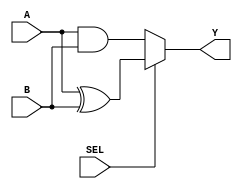
// fn_mux
`timescale 1ns/10ps

module fn_mux(A, B, SEL, Y);
input A, B, SEL;
output Y;

assign Y = SEL?A^B:A&B;
endmodule

// ---------testbench of fn_mux---------

module fn_mux_tb;
reg aa,bb,sel;
wire yy;

fn_mux fn_mux(.A(aa), .B(bb), .SEL(sel), .Y(yy));

initial begin
		
				aa<=0;bb<=1;sel<=0;
		#10     aa<=1;bb<=0;sel<=1;
		#10     aa<=0;bb<=1;sel<=1;
		#10     aa<=1;bb<=1;sel<=0;
		#10     aa<=0;bb<=0;sel<=1;
		#10     $stop;
end

initial begin
			$dumpfile("wave.vcd"); // dumpfile
			$dumpvars; // dump all vars
end

endmodule